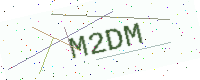
Text: M2DM